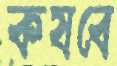
কষবে